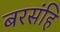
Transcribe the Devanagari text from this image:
बरसंहि